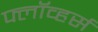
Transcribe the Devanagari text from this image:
फ्लॉव्हर्स